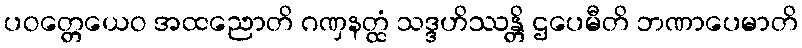
ပဝတ္တေယေဝ အထညောတိ ဂဏှနတ္ထံ သဒ္ဒဟိဿန္တိ ဌပေမီတိ ဘဏာပေမာတိ